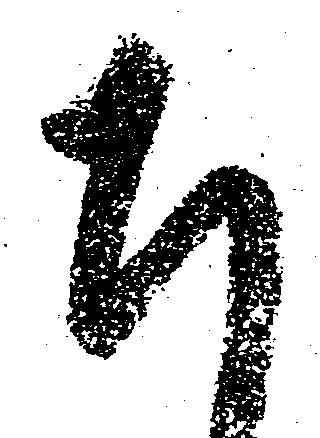
ち